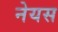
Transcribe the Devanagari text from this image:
नेयस